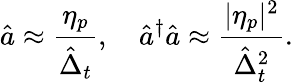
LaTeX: \hat{a}\approx\frac{\eta_{p}}{\hat{\Delta}_{t}},\quad\hat{a}^{\dagger}\hat{a}\approx\frac{|\eta_{p}|^{2}}{\hat{\Delta}_{t}^{2}}.